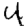
Digit: 4